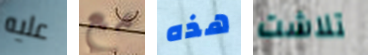
عليه مع هذه تلاشت